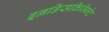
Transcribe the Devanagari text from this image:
इनडिसक्रिमिनेट